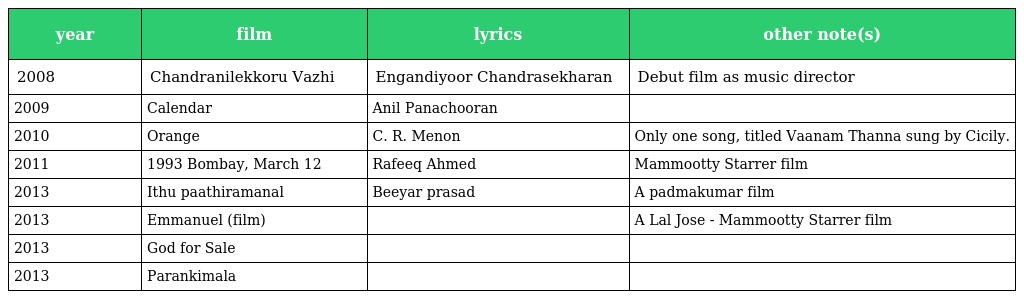
| year | film | lyrics | other note(s) |
 | --- | --- | --- | --- |
 | 2008 | Chandranilekkoru Vazhi | Engandiyoor Chandrasekharan | Debut film as music director |
 | 2009 | Calendar | Anil Panachooran |  |
 | 2010 | Orange | C. R. Menon | Only one song, titled Vaanam Thanna sung by Cicily. |
 | 2011 | 1993 Bombay, March 12 | Rafeeq Ahmed | Mammootty Starrer film |
 | 2013 | Ithu paathiramanal | Beeyar prasad | A padmakumar film |
 | 2013 | Emmanuel (film) |  | A Lal Jose - Mammootty Starrer film |
 | 2013 | God for Sale |  |  |
 | 2013 | Parankimala |  |  |